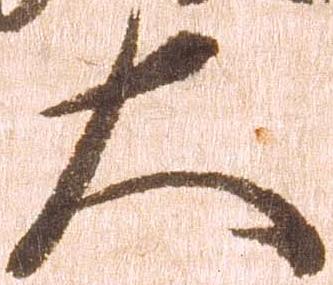
大